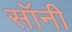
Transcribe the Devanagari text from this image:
सॉनी